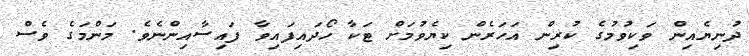
ދުނިޔެއިން ވަކިވުމުގެ ކުރިން އަހަރެން ކިޔެވުމަށް ޓަކާ ހޯދައިފައިވާ ފައިިސާއިންނެވެ. މަންމަގެ ވެސް